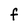
Character: F